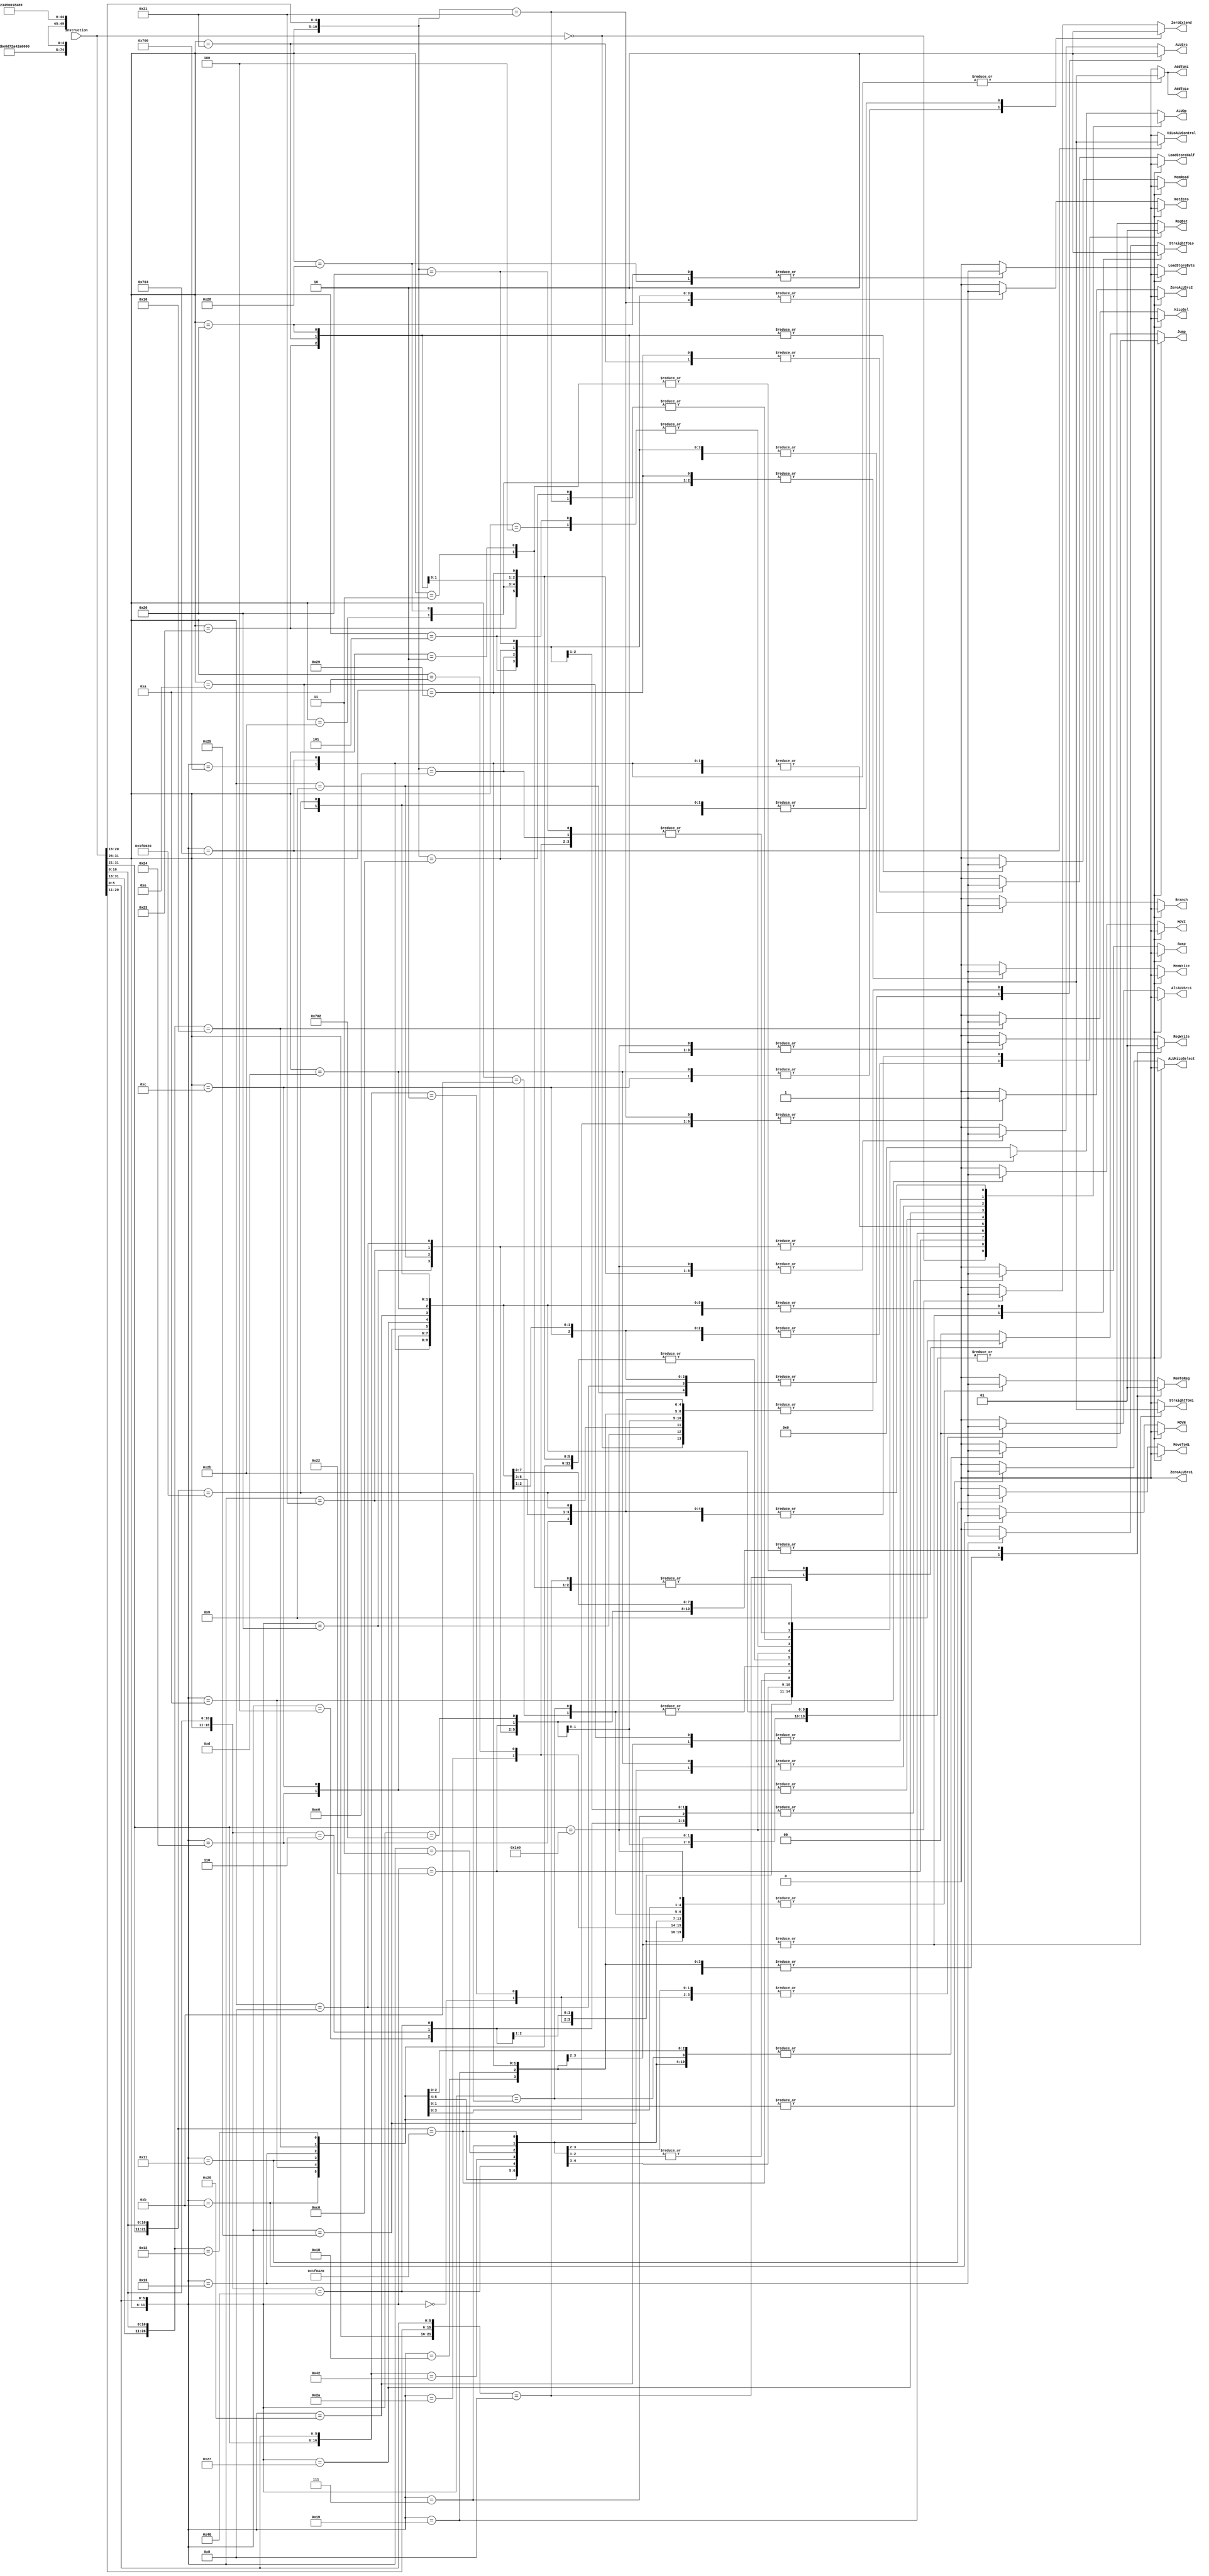
`timescale 1ns / 1ps

////////////////////////////////////////////////////////////////////////////////
// Team Members:
// Overall percent effort of each team member:
// Brett Bushnell -- 50%
// Derek Mcmullen -- 50% 
//
////////////////////////////////////////////////////////////////////////////////

module Controller(Instruction, Branch, MemRead, MemWrite, RegWrite, MemToReg, RegDst, ALUOp, ALUSrc, HiLoALUControl, AddToHi, AddToLo, MoveToHi, HiLoSel, ZeroExtend, AltALUSrc1, ZeroALUSrc1, ZeroALUSrc2, Swap, ALUHiLoSelect, MOVN, MOVZ, StraightToHi, StraightToLo, LoadStoreByte, LoadStoreHalf, NotZero, Jump);
    
    /* Control Signals*/
    output reg Branch; 
    output reg MemRead; 
    output reg MemWrite; 
    output reg RegWrite; 
    output reg MemToReg; 
    output reg RegDst; 
    output reg [4:0] ALUOp; 
    output reg ALUSrc;
    output reg HiLoALUControl, AddToHi, AddToLo, MoveToHi, HiLoSel;
    output reg ZeroExtend; 
    output reg AltALUSrc1;
    output reg ZeroALUSrc1;
    output reg ZeroALUSrc2;
    output reg Swap; 
    output reg ALUHiLoSelect; 
    output reg MOVN;
    output reg MOVZ;
    output reg StraightToHi; 
    output reg StraightToLo;
    output reg LoadStoreByte;
    output reg LoadStoreHalf;
    output reg NotZero;
    output reg [1:0] Jump; 

    
    input [31:0] Instruction; 
    
    initial begin
        RegWrite        <= 1'b0;
        ALUSrc          <= 1'b0;
        ALUOp           <= 5'bxxxxx;        
        RegDst          <= 1'b0; 
        Branch          <= 1'b0; 
        MemWrite        <= 1'b0; 
        MemRead         <= 1'b0; 
        ZeroExtend      <= 1'b0; 
        MemToReg        <= 1'b0;
        AltALUSrc1      <= 1'b0; 
        ZeroALUSrc1     <= 1'b0; 
        Swap            <= 1'b0; 
        ALUHiLoSelect   <= 1'b0; 
        HiLoALUControl  <= 1'b0; 
        AddToHi         <= 1'b0; 
        AddToLo         <= 1'b0; 
        MoveToHi        <= 1'b0; 
        StraightToHi    <= 1'b0; 
        StraightToLo    <= 1'b0;
        HiLoSel         <= 1'b0;
        MOVN            <= 1'b0;
        MOVZ            <= 1'b0;
        LoadStoreByte   <= 1'b0;
        LoadStoreHalf   <= 1'b0; 
        NotZero         <= 1'b0;
        Jump            <= 2'b00;
    end


    // Decode the Instruction
    always @(Instruction) begin
    
    casex (Instruction)
     32'b00000000000000000000000000000000:    begin   // NOP Command
        RegWrite        <= 1'b0;
        ALUSrc          <= 1'b0;
        ALUOp           <= 5'bXXXXX;        
        RegDst          <= 1'b0; 
        Branch          <= 1'b0; 
        MemWrite        <= 1'b0; 
        MemRead         <= 1'b0; 
        ZeroExtend      <= 1'b0; 
        MemToReg        <= 1'b0;
        AltALUSrc1      <= 1'b0; 
        ZeroALUSrc1     <= 1'b0; 
        ZeroALUSrc2     <= 1'b0;
        Swap            <= 1'b0; 
        ALUHiLoSelect   <= 1'b0; 
        HiLoALUControl  <= 1'b0; 
        AddToHi         <= 1'b0; 
        AddToLo         <= 1'b0; 
        MoveToHi        <= 1'b0; 
        StraightToHi    <= 1'b0; 
        StraightToLo    <= 1'b0;
        HiLoSel         <= 1'b0; 
        MOVN            <= 1'b0;
        MOVZ            <= 1'b0;
        LoadStoreByte   <= 1'b0;
        LoadStoreHalf   <= 1'b0;      
        NotZero         <= 1'b0;
        Jump            <= 2'b00;
      end
    
    /* ARITHMETIC OPS */
     32'b000000xxxxxxxxxxxxxxxxxxxx100000:    begin    // ADD Command
        RegWrite        <= 1'b1; 
        ALUSrc          <= 1'b0;
        ALUOp           <= 5'b00010;
        RegDst          <= 1'b1; 
        Branch          <= 1'b0; 
        MemWrite        <= 1'b0; 
        MemRead         <= 1'b0; 
        ZeroExtend      <= 1'b0; 
        MemToReg        <= 1'b1;
        AltALUSrc1      <= 1'b0; 
        ZeroALUSrc1     <= 1'b0;
        ZeroALUSrc2     <= 1'b0; 
        Swap            <= 1'b0; 
        ALUHiLoSelect   <= 1'b0; 
        HiLoALUControl  <= 1'b0; 
        AddToHi         <= 1'b0; 
        AddToLo         <= 1'b0; 
        MoveToHi        <= 1'b0; 
        StraightToHi    <= 1'b0; 
        StraightToLo    <= 1'b0;
        HiLoSel         <= 1'b0; 
        MOVN            <= 1'b0;
        MOVZ            <= 1'b0;
        LoadStoreByte   <= 1'b0;
        LoadStoreHalf   <= 1'b0;      
        NotZero         <= 1'b0;
        Jump            <= 2'b00;
      end
     32'b001001xxxxxxxxxxxxxxxxxxxxxxxxxx:    begin   // ADDIU Command
        RegWrite        <= 1'b1; 
        ALUSrc          <= 1'b1;
        ALUOp           <= 5'b00010;
        RegDst          <= 1'b0; 
        Branch          <= 1'b0; 
        MemWrite        <= 1'b0; 
        MemRead         <= 1'b0; 
        ZeroExtend      <= 1'b0; 
        MemToReg        <= 1'b1;
        AltALUSrc1      <= 1'b0; 
        ZeroALUSrc1     <= 1'b0;
        ZeroALUSrc2     <= 1'b0; 
        Swap            <= 1'b0; 
        ALUHiLoSelect   <= 1'b0; 
        HiLoALUControl  <= 1'b0; 
        AddToHi         <= 1'b0; 
        AddToLo         <= 1'b0; 
        MoveToHi        <= 1'b0; 
        StraightToHi    <= 1'b0; 
        StraightToLo    <= 1'b0;
        HiLoSel         <= 1'b0; 
        MOVN            <= 1'b0;
        MOVZ            <= 1'b0;
        LoadStoreByte   <= 1'b0;
        LoadStoreHalf   <= 1'b0;      
        NotZero         <= 1'b0;
        Jump            <= 2'b00;
      end
     32'b000000xxxxxxxxxxxxxxxxxxxx100001:    begin   // ADDU Command
        RegWrite        <= 1'b1; 
        ALUSrc          <= 1'b0;
        ALUOp           <= 5'b00010;
        RegDst          <= 1'b1; 
        Branch          <= 1'b0; 
        MemWrite        <= 1'b0; 
        MemRead         <= 1'b0; 
        ZeroExtend      <= 1'b0; 
        MemToReg        <= 1'b1;
        AltALUSrc1      <= 1'b0; 
        ZeroALUSrc1     <= 1'b0;
        ZeroALUSrc2     <= 1'b0; 
        Swap            <= 1'b0; 
        ALUHiLoSelect   <= 1'b0; 
        HiLoALUControl  <= 1'b0; 
        AddToHi         <= 1'b0; 
        AddToLo         <= 1'b0; 
        MoveToHi        <= 1'b0; 
        StraightToHi    <= 1'b0; 
        StraightToLo    <= 1'b0;
        HiLoSel         <= 1'b0; 
        MOVN            <= 1'b0;
        MOVZ            <= 1'b0;
        LoadStoreByte   <= 1'b0;
        LoadStoreHalf   <= 1'b0;      
        NotZero         <= 1'b0;
        Jump            <= 2'b00;
      end
     32'b001000xxxxxxxxxxxxxxxxxxxxxxxxxx:    begin   // ADDI Command
        RegWrite        <= 1'b1; 
        ALUSrc          <= 1'b1;
        ALUOp           <= 5'b00010;
        RegDst          <= 1'b0; 
        Branch          <= 1'b0; 
        MemWrite        <= 1'b0; 
        MemRead         <= 1'b0; 
        ZeroExtend      <= 1'b0; 
        MemToReg        <= 1'b1;
        AltALUSrc1      <= 1'b0; 
        ZeroALUSrc1     <= 1'b0;
        ZeroALUSrc2     <= 1'b0; 
        Swap            <= 1'b0; 
        ALUHiLoSelect   <= 1'b0; 
        HiLoALUControl  <= 1'b0; 
        AddToHi         <= 1'b0; 
        AddToLo         <= 1'b0; 
        MoveToHi        <= 1'b0; 
        StraightToHi    <= 1'b0; 
        StraightToLo    <= 1'b0;
        HiLoSel         <= 1'b0; 
        MOVN            <= 1'b0;
        MOVZ            <= 1'b0;
        LoadStoreByte   <= 1'b0;
        LoadStoreHalf   <= 1'b0;      
        NotZero         <= 1'b0;
        Jump            <= 2'b00;
      end
     32'b000000xxxxxxxxxxxxxxxxxxxx100010:    begin   // SUB Command
        RegWrite        <= 1'b1; 
        ALUSrc          <= 1'b0;
        ALUOp           <= 5'b00110;
        RegDst          <= 1'b1; 
        Branch          <= 1'b0; 
        MemWrite        <= 1'b0; 
        MemRead         <= 1'b0; 
        ZeroExtend      <= 1'b0; 
        MemToReg        <= 1'b1;
        AltALUSrc1      <= 1'b0; 
        ZeroALUSrc1     <= 1'b0;
        ZeroALUSrc2     <= 1'b0; 
        Swap            <= 1'b0;
        ALUHiLoSelect   <= 1'b0; 
        HiLoALUControl  <= 1'b0; 
        AddToHi         <= 1'b0; 
        AddToLo         <= 1'b0; 
        MoveToHi        <= 1'b0; 
        StraightToHi    <= 1'b0; 
        StraightToLo    <= 1'b0;
        HiLoSel         <= 1'b0; 
        MOVN            <= 1'b0;
        MOVZ            <= 1'b0;
        LoadStoreByte   <= 1'b0;
        LoadStoreHalf   <= 1'b0;      
        NotZero         <= 1'b0;
        Jump            <= 2'b00;
      end
     32'b011100xxxxxxxxxxxxxxxxxxxx000010:    begin   // MUL Command
        RegWrite        <= 1'b1;
        ALUSrc          <= 1'b0;
        ALUOp           <= 5'b01000;
        RegDst          <= 1'b1; 
        Branch          <= 1'b0; 
        MemWrite        <= 1'b0; 
        MemRead         <= 1'b0; 
        ZeroExtend      <= 1'b0; 
        MemToReg        <= 1'b1;
        AltALUSrc1      <= 1'b0; 
        ZeroALUSrc1     <= 1'b0;
        ZeroALUSrc2     <= 1'b0; 
        Swap            <= 1'b0; 
        ALUHiLoSelect   <= 1'b0; 
        HiLoALUControl  <= 1'b0; 
        AddToHi         <= 1'b0; 
        AddToLo         <= 1'b0; 
        MoveToHi        <= 1'b0; 
        StraightToHi    <= 1'b0; 
        StraightToLo    <= 1'b0;
        HiLoSel         <= 1'b0; 
        MOVN            <= 1'b0;
        MOVZ            <= 1'b0;
        LoadStoreByte   <= 1'b0;
        LoadStoreHalf   <= 1'b0;      
        NotZero         <= 1'b0;
        Jump            <= 2'b00;
      end
     32'b000000xxxxxxxxxxxxxxxxxxxx011000:    begin   // MULT Command
        RegWrite        <= 1'b0;
        ALUSrc          <= 1'b0;
        ALUOp           <= 5'b01000;
        RegDst          <= 1'b0; 
        Branch          <= 1'b0; 
        MemWrite        <= 1'b0; 
        MemRead         <= 1'b0; 
        ZeroExtend      <= 1'b0; 
        MemToReg        <= 1'b0;
        AltALUSrc1      <= 1'b0; 
        ZeroALUSrc1     <= 1'b0; 
        ZeroALUSrc2     <= 1'b0;
        Swap            <= 1'b0; 
        ALUHiLoSelect   <= 1'b0; 
        HiLoALUControl  <= 1'b0; 
        AddToHi         <= 1'b0; 
        AddToLo         <= 1'b0; 
        MoveToHi        <= 1'b0; 
        StraightToHi    <= 1'b1; 
        StraightToLo    <= 1'b1;
        HiLoSel         <= 1'b0; 
        MOVN            <= 1'b0;
        MOVZ            <= 1'b0;
        LoadStoreByte   <= 1'b0;
        LoadStoreHalf   <= 1'b0;      
        NotZero         <= 1'b0;
        Jump            <= 2'b00;
      end
     32'b000000xxxxxxxxxxxxxxxxxxxx011001:    begin   // MULTU Command
        RegWrite        <= 1'b0;
        ALUSrc          <= 1'b0;
        ALUOp           <= 5'b10001;
        RegDst          <= 1'b0; 
        Branch          <= 1'b0; 
        MemWrite        <= 1'b0; 
        MemRead         <= 1'b0; 
        ZeroExtend      <= 1'b0; 
        MemToReg        <= 1'b0;
        AltALUSrc1      <= 1'b0; 
        ZeroALUSrc1     <= 1'b0; 
        ZeroALUSrc2     <= 1'b0;
        Swap            <= 1'b0; 
        ALUHiLoSelect   <= 1'b0; 
        HiLoALUControl  <= 1'b0; 
        AddToHi         <= 1'b0; 
        AddToLo         <= 1'b0; 
        MoveToHi        <= 1'b0; 
        StraightToHi    <= 1'b1; 
        StraightToLo    <= 1'b1;
        HiLoSel         <= 1'b0; 
        MOVN            <= 1'b0;
        MOVZ            <= 1'b0;
        LoadStoreByte   <= 1'b0;
        LoadStoreHalf   <= 1'b0;      
        NotZero         <= 1'b0;
        Jump            <= 2'b00;
      end
     32'b011100xxxxxxxxxxxxxxxxxxxx000000:    begin   // MADD Command
        RegWrite        <= 1'b0;
        ALUSrc          <= 1'b0;
        ALUOp           <= 5'b01000;
        RegDst          <= 1'b0; 
        Branch          <= 1'b0; 
        MemWrite        <= 1'b0; 
        MemRead         <= 1'b0; 
        ZeroExtend      <= 1'b0; 
        MemToReg        <= 1'b0;
        AltALUSrc1      <= 1'b0; 
        ZeroALUSrc1     <= 1'b0; 
        ZeroALUSrc2     <= 1'b0;
        Swap            <= 1'b0; 
        ALUHiLoSelect   <= 1'b0; 
        HiLoALUControl  <= 1'b0; 
        AddToHi         <= 1'b1; 
        AddToLo         <= 1'b1; 
        MoveToHi        <= 1'b0; 
        StraightToHi    <= 1'b0; 
        StraightToLo    <= 1'b0;
        HiLoSel         <= 1'b0;
        MOVN            <= 1'b0;
        MOVZ            <= 1'b0;
        LoadStoreByte   <= 1'b0;
        LoadStoreHalf   <= 1'b0;      
        NotZero         <= 1'b0;
        Jump            <= 2'b00;
      end
     32'b011100xxxxxxxxxxxxxxxxxxxx000100:    begin   // MSUB Command
        RegWrite        <= 1'b0;
        ALUSrc          <= 1'b0;
        ALUOp           <= 5'b01000;
        RegDst          <= 1'b0; 
        Branch          <= 1'b0; 
        MemWrite        <= 1'b0; 
        MemRead         <= 1'b0; 
        ZeroExtend      <= 1'b0; 
        MemToReg        <= 1'b0;
        AltALUSrc1      <= 1'b0; 
        ZeroALUSrc1     <= 1'b0;
        ZeroALUSrc2     <= 1'b0;
        Swap            <= 1'b0; 
        ALUHiLoSelect   <= 1'b0; 
        HiLoALUControl  <= 1'b1; 
        AddToHi         <= 1'b1; 
        AddToLo         <= 1'b1; 
        MoveToHi        <= 1'b0; 
        StraightToHi    <= 1'b0; 
        StraightToLo    <= 1'b0;
        HiLoSel         <= 1'b0;
        MOVN            <= 1'b0;
        MOVZ            <= 1'b0;
        LoadStoreByte   <= 1'b0;
        LoadStoreHalf   <= 1'b0;      
        NotZero         <= 1'b0;
        Jump            <= 2'b00;
      end   
      
    /* LOGICAL OPS*/
    32'b000000xxxxxxxxxxxxxxxxxxxx100100:    begin   // AND Command
        RegWrite        <= 1'b1;
        ALUSrc          <= 1'b0;
        ALUOp           <= 5'b00000;
        RegDst          <= 1'b1; 
        Branch          <= 1'b0; 
        MemWrite        <= 1'b0; 
        MemRead         <= 1'b0; 
        ZeroExtend      <= 1'b0; 
        MemToReg        <= 1'b1;
        AltALUSrc1      <= 1'b0; 
        ZeroALUSrc1     <= 1'b0; 
        ZeroALUSrc2     <= 1'b0;
        Swap            <= 1'b0; 
        ALUHiLoSelect   <= 1'b0; 
        HiLoALUControl  <= 1'b0; 
        AddToHi         <= 1'b0; 
        AddToLo         <= 1'b0; 
        MoveToHi        <= 1'b0; 
        StraightToHi    <= 1'b0; 
        StraightToLo    <= 1'b0;
        HiLoSel         <= 1'b0; 
        MOVN            <= 1'b0;
        MOVZ            <= 1'b0;
        LoadStoreByte   <= 1'b0;
        LoadStoreHalf   <= 1'b0;      
        NotZero         <= 1'b0;
        Jump            <= 2'b00;
      end
    32'b001100xxxxxxxxxxxxxxxxxxxxxxxxxx:    begin   // ANDI Command
        RegWrite        <= 1'b1;
        ALUSrc          <= 1'b1;
        ALUOp           <= 5'b00000;
        RegDst          <= 1'b0; 
        Branch          <= 1'b0; 
        MemWrite        <= 1'b0; 
        MemRead         <= 1'b0; 
        ZeroExtend      <= 1'b1; 
        MemToReg        <= 1'b1;
        AltALUSrc1      <= 1'b0; 
        ZeroALUSrc1     <= 1'b0; 
        ZeroALUSrc2     <= 1'b0;
        Swap            <= 1'b0; 
        ALUHiLoSelect   <= 1'b0; 
        HiLoALUControl  <= 1'b0; 
        AddToHi         <= 1'b0; 
        AddToLo         <= 1'b0; 
        MoveToHi        <= 1'b0; 
        StraightToHi    <= 1'b0; 
        StraightToLo    <= 1'b0;
        HiLoSel         <= 1'b0; 
        MOVN            <= 1'b0;
        MOVZ            <= 1'b0;
        LoadStoreByte   <= 1'b0;
        LoadStoreHalf   <= 1'b0;      
        NotZero         <= 1'b0;
        Jump            <= 2'b00;
      end   
    32'b000000xxxxxxxxxxxxxxxxxxxx100101:    begin   // OR Command
        RegWrite        <= 1'b1;
        ALUSrc          <= 1'b0;
        ALUOp           <= 5'b00001;
        RegDst          <= 1'b1; 
        Branch          <= 1'b0; 
        MemWrite        <= 1'b0; 
        MemRead         <= 1'b0; 
        ZeroExtend      <= 1'b0; 
        MemToReg        <= 1'b1;
        AltALUSrc1      <= 1'b0; 
        ZeroALUSrc1     <= 1'b0; 
        ZeroALUSrc2     <= 1'b0;
        Swap            <= 1'b0; 
        ALUHiLoSelect   <= 1'b0; 
        HiLoALUControl  <= 1'b0; 
        AddToHi         <= 1'b0; 
        AddToLo         <= 1'b0; 
        MoveToHi        <= 1'b0; 
        StraightToHi    <= 1'b0; 
        StraightToLo    <= 1'b0;
        HiLoSel         <= 1'b0; 
        MOVN            <= 1'b0;
        MOVZ            <= 1'b0;
        LoadStoreByte   <= 1'b0;
        LoadStoreHalf   <= 1'b0;      
        NotZero         <= 1'b0;
        Jump            <= 2'b00;
      end
     32'b000000xxxxxxxxxxxxxxxxxxxx100111:    begin   // NOR Command
        RegWrite        <= 1'b1;
        ALUSrc          <= 1'b0;
        ALUOp           <= 5'b00011;
        RegDst          <= 1'b1; 
        Branch          <= 1'b0; 
        MemWrite        <= 1'b0; 
        MemRead         <= 1'b0; 
        ZeroExtend      <= 1'b0; 
        MemToReg        <= 1'b1;
        AltALUSrc1      <= 1'b0; 
        ZeroALUSrc1     <= 1'b0; 
        ZeroALUSrc2     <= 1'b0;
        Swap            <= 1'b0; 
        ALUHiLoSelect   <= 1'b0;  
        HiLoALUControl  <= 1'b0; 
        AddToHi         <= 1'b0; 
        AddToLo         <= 1'b0; 
        MoveToHi        <= 1'b0; 
        StraightToHi    <= 1'b0; 
        StraightToLo    <= 1'b0;
        HiLoSel         <= 1'b0; 
        MOVN            <= 1'b0;
        MOVZ            <= 1'b0;
        LoadStoreByte   <= 1'b0;
        LoadStoreHalf   <= 1'b0;      
        NotZero         <= 1'b0;
        Jump            <= 2'b00;
      end   
    32'b000000xxxxxxxxxxxxxxxxxxxx100110:    begin   // XOR Command
        RegWrite        <= 1'b1;
        ALUSrc          <= 1'b0;
        ALUOp           <= 5'b00100;
        RegDst          <= 1'b1; 
        Branch          <= 1'b0; 
        MemWrite        <= 1'b0; 
        MemRead         <= 1'b0; 
        ZeroExtend      <= 1'b0; 
        MemToReg        <= 1'b1;
        AltALUSrc1      <= 1'b0; 
        ZeroALUSrc1     <= 1'b0; 
        ZeroALUSrc2     <= 1'b0;
        Swap            <= 1'b0; 
        ALUHiLoSelect   <= 1'b0; 
        HiLoALUControl  <= 1'b0; 
        AddToHi         <= 1'b0; 
        AddToLo         <= 1'b0; 
        MoveToHi        <= 1'b0; 
        StraightToHi    <= 1'b0; 
        StraightToLo    <= 1'b0;
        HiLoSel         <= 1'b0; 
        MOVN            <= 1'b0;
        MOVZ            <= 1'b0;
        LoadStoreByte   <= 1'b0;
        LoadStoreHalf   <= 1'b0;      
        NotZero         <= 1'b0;
        Jump            <= 2'b00;
      end
    32'b001101xxxxxxxxxxxxxxxxxxxxxxxxxx:    begin   // ORI Command
        RegWrite        <= 1'b1;
        ALUSrc          <= 1'b1;
        ALUOp           <= 5'b00001;
        RegDst          <= 1'b0; 
        Branch          <= 1'b0; 
        MemWrite        <= 1'b0; 
        MemRead         <= 1'b0; 
        ZeroExtend      <= 1'b1; 
        MemToReg        <= 1'b1;
        AltALUSrc1      <= 1'b0; 
        ZeroALUSrc1     <= 1'b0; 
        ZeroALUSrc2     <= 1'b0;
        Swap            <= 1'b0; 
        ALUHiLoSelect   <= 1'b0;
        HiLoALUControl  <= 1'b0; 
        AddToHi         <= 1'b0; 
        AddToLo         <= 1'b0; 
        MoveToHi        <= 1'b0; 
        StraightToHi    <= 1'b0; 
        StraightToLo    <= 1'b0;
        HiLoSel         <= 1'b0; 
        MOVN            <= 1'b0;
        MOVZ            <= 1'b0;
        LoadStoreByte   <= 1'b0;
        LoadStoreHalf   <= 1'b0;      
        NotZero         <= 1'b0;
        Jump            <= 2'b00;
      end        
    32'b001110xxxxxxxxxxxxxxxxxxxxxxxxxx:    begin   // XORI Command
        RegWrite        <= 1'b1;
        ALUSrc          <= 1'b1;
        ALUOp           <= 5'b00100;       //need XOR
        RegDst          <= 1'b0; 
        Branch          <= 1'b0; 
        MemWrite        <= 1'b0; 
        MemRead         <= 1'b0; 
        ZeroExtend      <= 1'b0; 
        MemToReg        <= 1'b1;
        AltALUSrc1      <= 1'b0; 
        ZeroALUSrc1     <= 1'b0; 
        ZeroALUSrc2     <= 1'b0;
        Swap            <= 1'b0; 
        ALUHiLoSelect   <= 1'b0; 
        HiLoALUControl  <= 1'b0; 
        AddToHi         <= 1'b0; 
        AddToLo         <= 1'b0; 
        MoveToHi        <= 1'b0; 
        StraightToHi    <= 1'b0; 
        StraightToLo    <= 1'b0;
        HiLoSel         <= 1'b0;
        MOVN            <= 1'b0;
        MOVZ            <= 1'b0;
        LoadStoreByte   <= 1'b0;
        LoadStoreHalf   <= 1'b0;      
        NotZero         <= 1'b0;
        Jump            <= 2'b00;
      end
    32'b01111100000xxxxxxxxxx11000100000:    begin   // SEH Command
        RegWrite        <= 1'b1;
        ALUSrc          <= 1'b0;
        ALUOp           <= 5'b01001;       //need SEH
        RegDst          <= 1'b1; 
        Branch          <= 1'b0; 
        MemWrite        <= 1'b0; 
        MemRead         <= 1'b0; 
        ZeroExtend      <= 1'b0; 
        MemToReg        <= 1'b1;
        AltALUSrc1      <= 1'b0; 
        ZeroALUSrc1     <= 1'b0; 
        ZeroALUSrc2     <= 1'b0;
        Swap            <= 1'b0; 
        ALUHiLoSelect   <= 1'b0; 
        HiLoALUControl  <= 1'b0; 
        AddToHi         <= 1'b0; 
        AddToLo         <= 1'b0; 
        MoveToHi        <= 1'b0; 
        StraightToHi    <= 1'b0; 
        StraightToLo    <= 1'b0;
        HiLoSel         <= 1'b0; 
        MOVN            <= 1'b0;
        MOVZ            <= 1'b0;
        LoadStoreByte   <= 1'b0;
        LoadStoreHalf   <= 1'b0;      
        NotZero         <= 1'b0;
        Jump            <= 2'b00;
      end   
    32'b000000xxxxxxxxxxxxxxxxxxxx000000:    begin   // SLL Command
        RegWrite        <= 1'b1;
        ALUSrc          <= 1'b1;
        ALUOp           <= 5'b01011;      //need SLL
        RegDst          <= 1'b1; 
        Branch          <= 1'b0; 
        MemWrite        <= 1'b0; 
        MemRead         <= 1'b0; 
        ZeroExtend      <= 1'b0; 
        MemToReg        <= 1'b1;
        AltALUSrc1      <= 1'b1; 
        ZeroALUSrc1     <= 1'b0;
        ZeroALUSrc2     <= 1'b0;
        Swap            <= 1'b0; 
        ALUHiLoSelect   <= 1'b0; 
        HiLoALUControl  <= 1'b0; 
        AddToHi         <= 1'b0; 
        AddToLo         <= 1'b0; 
        MoveToHi        <= 1'b0; 
        StraightToHi    <= 1'b0; 
        StraightToLo    <= 1'b0;
        HiLoSel         <= 1'b0; 
        MOVN            <= 1'b0;
        MOVZ            <= 1'b0;
        LoadStoreByte   <= 1'b0;
        LoadStoreHalf   <= 1'b0;      
        NotZero         <= 1'b0;
        Jump            <= 2'b00;
      end
    32'b00000000000xxxxxxxxxxxxxxx000010:    begin   // SRL Command
        RegWrite        <= 1'b1;
        ALUSrc          <= 1'b1;
        ALUOp           <= 5'b01100;      //need SRL
        RegDst          <= 1'b1; 
        Branch          <= 1'b0; 
        MemWrite        <= 1'b0; 
        MemRead         <= 1'b0; 
        ZeroExtend      <= 1'b0; 
        MemToReg        <= 1'b1;
        AltALUSrc1      <= 1'b1; 
        ZeroALUSrc1     <= 1'b0; 
        ZeroALUSrc2     <= 1'b0;
        Swap            <= 1'b0; 
        ALUHiLoSelect   <= 1'b0; 
        HiLoALUControl  <= 1'b0; 
        AddToHi         <= 1'b0; 
        AddToLo         <= 1'b0; 
        MoveToHi        <= 1'b0; 
        StraightToHi    <= 1'b0; 
        StraightToLo    <= 1'b0;
        HiLoSel         <= 1'b0; 
        MOVN            <= 1'b0;
        MOVZ            <= 1'b0;
        LoadStoreByte   <= 1'b0;
        LoadStoreHalf   <= 1'b0;      
        NotZero         <= 1'b0;
        Jump            <= 2'b00;
      end  
    32'b000000xxxxxxxxxxxxxxxxxxxx000100:    begin   // SLLV Command
        RegWrite        <= 1'b1;
        ALUSrc          <= 1'b0;
        ALUOp           <= 5'b00101;     //need SLLV
        RegDst          <= 1'b1; 
        Branch          <= 1'b0; 
        MemWrite        <= 1'b0; 
        MemRead         <= 1'b0; 
        ZeroExtend      <= 1'b0; 
        MemToReg        <= 1'b1;
        AltALUSrc1      <= 1'b0; 
        ZeroALUSrc1     <= 1'b0; 
        ZeroALUSrc2     <= 1'b0;
        Swap            <= 1'b1; 
        ALUHiLoSelect   <= 1'b0; 
        HiLoALUControl  <= 1'b0; 
        AddToHi         <= 1'b0; 
        AddToLo         <= 1'b0; 
        MoveToHi        <= 1'b0; 
        StraightToHi    <= 1'b0; 
        StraightToLo    <= 1'b0;
        HiLoSel         <= 1'b0; 
        MOVN            <= 1'b0;
        MOVZ            <= 1'b0;
        LoadStoreByte   <= 1'b0;
        LoadStoreHalf   <= 1'b0;      
        NotZero         <= 1'b0;
        Jump            <= 2'b00;
      end
    32'b000000xxxxxxxxxxxxxxx00000000110:    begin   // SRLV Command
        RegWrite        <= 1'b1;
        ALUSrc          <= 1'b0;
        ALUOp           <= 5'b01111;     //need SRL
        RegDst          <= 1'b1; 
        Branch          <= 1'b0; 
        MemWrite        <= 1'b0; 
        MemRead         <= 1'b0; 
        ZeroExtend      <= 1'b0; 
        MemToReg        <= 1'b1;
        AltALUSrc1      <= 1'b0; 
        ZeroALUSrc1     <= 1'b0; 
        ZeroALUSrc2     <= 1'b0;
        Swap            <= 1'b1; 
        ALUHiLoSelect   <= 1'b0; 
        HiLoALUControl  <= 1'b0; 
        AddToHi         <= 1'b0; 
        AddToLo         <= 1'b0; 
        MoveToHi        <= 1'b0; 
        StraightToHi    <= 1'b0; 
        StraightToLo    <= 1'b0;
        HiLoSel         <= 1'b0; 
        MOVN            <= 1'b0;
        MOVZ            <= 1'b0;
        LoadStoreByte   <= 1'b0;
        LoadStoreHalf   <= 1'b0;      
        NotZero         <= 1'b0;
        Jump            <= 2'b00;
      end     
    32'b000000xxxxxxxxxxxxxxxxxxxx101010:    begin   // SLT Command
        RegWrite        <= 1'b1;
        ALUSrc          <= 1'b0;
        ALUOp           <= 5'b00111;    
        RegDst          <= 1'b1; 
        Branch          <= 1'b0; 
        MemWrite        <= 1'b0; 
        MemRead         <= 1'b0; 
        ZeroExtend      <= 1'b0; 
        MemToReg        <= 1'b1;
        AltALUSrc1      <= 1'b0; 
        ZeroALUSrc1     <= 1'b0; 
        ZeroALUSrc2     <= 1'b0;
        Swap            <= 1'b0; 
        ALUHiLoSelect   <= 1'b0; 
        HiLoALUControl  <= 1'b0; 
        AddToHi         <= 1'b0; 
        AddToLo         <= 1'b0; 
        MoveToHi        <= 1'b0; 
        StraightToHi    <= 1'b0; 
        StraightToLo    <= 1'b0;
        HiLoSel         <= 1'b0; 
        MOVN            <= 1'b0;
        MOVZ            <= 1'b0;
        LoadStoreByte   <= 1'b0;
        LoadStoreHalf   <= 1'b0;      
        NotZero         <= 1'b0;
        Jump            <= 2'b00;
      end
    32'b001010xxxxxxxxxxxxxxxxxxxxxxxxxx:    begin   // SLTI Command
        RegWrite        <= 1'b1;
        ALUSrc          <= 1'b1;
        ALUOp           <= 5'b00111;     
        RegDst          <= 1'b0; 
        Branch          <= 1'b0; 
        MemWrite        <= 1'b0; 
        MemRead         <= 1'b0; 
        ZeroExtend      <= 1'b0; 
        MemToReg        <= 1'b1;
        AltALUSrc1      <= 1'b0; 
        ZeroALUSrc1     <= 1'b0; 
        ZeroALUSrc2     <= 1'b0;
        Swap            <= 1'b0; 
        ALUHiLoSelect   <= 1'b0; 
        HiLoALUControl  <= 1'b0; 
        AddToHi         <= 1'b0; 
        AddToLo         <= 1'b0; 
        MoveToHi        <= 1'b0; 
        StraightToHi    <= 1'b0; 
        StraightToLo    <= 1'b0;
        HiLoSel         <= 1'b0; 
        MOVN            <= 1'b0;
        MOVZ            <= 1'b0;
        LoadStoreByte   <= 1'b0;
        LoadStoreHalf   <= 1'b0;      
        NotZero         <= 1'b0;
        Jump            <= 2'b00;
      end
    32'b000000xxxxxxxxxxxxxxxxxxxx001011:    begin   // MOVN Command
        RegWrite        <= 1'b0;
        ALUSrc          <= 1'b0;
        ALUOp           <= 5'b00010;     // need ADD
        RegDst          <= 1'b1; 
        Branch          <= 1'b0; 
        MemWrite        <= 1'b0; 
        MemRead         <= 1'b0; 
        ZeroExtend      <= 1'b0; 
        MemToReg        <= 1'b1;
        AltALUSrc1      <= 1'b0; 
        ZeroALUSrc1     <= 1'b0; 
        ZeroALUSrc2     <= 1'b1;
        Swap            <= 1'b0; 
        ALUHiLoSelect   <= 1'b0; 
        HiLoALUControl  <= 1'b0; 
        AddToHi         <= 1'b0; 
        AddToLo         <= 1'b0; 
        MoveToHi        <= 1'b0; 
        StraightToHi    <= 1'b0; 
        StraightToLo    <= 1'b0;
        HiLoSel         <= 1'b0; 
        MOVN            <= 1'b1;
        MOVZ            <= 1'b0;
        LoadStoreByte   <= 1'b0;
        LoadStoreHalf   <= 1'b0;      
        NotZero         <= 1'b0;
        Jump            <= 2'b00;
      end
    32'b000000xxxxxxxxxxxxxxxxxxxx001010:    begin   // MOVZ Command
        RegWrite        <= 1'b0;
        ALUSrc          <= 1'b0;
        ALUOp           <= 5'b00010;     // need ADD
        RegDst          <= 1'b1; 
        Branch          <= 1'b0; 
        MemWrite        <= 1'b0; 
        MemRead         <= 1'b0; 
        ZeroExtend      <= 1'b0; 
        MemToReg        <= 1'b1;
        AltALUSrc1      <= 1'b0; 
        ZeroALUSrc1     <= 1'b0; 
        ZeroALUSrc2     <= 1'b1;
        Swap            <= 1'b0; 
        ALUHiLoSelect   <= 1'b0; 
        HiLoALUControl  <= 1'b0; 
        AddToHi         <= 1'b0; 
        AddToLo         <= 1'b0; 
        MoveToHi        <= 1'b0; 
        StraightToHi    <= 1'b0; 
        StraightToLo    <= 1'b0;
        HiLoSel         <= 1'b0; 
        MOVN            <= 1'b0;
        MOVZ            <= 1'b1;
        LoadStoreByte   <= 1'b0;
        LoadStoreHalf   <= 1'b0;      
        NotZero         <= 1'b0;
        Jump            <= 2'b00;
      end     
    32'b000000xxxxxxxxxxxxxxx00001000110:    begin   // ROTRV Command
        RegWrite        <= 1'b1;
        ALUSrc          <= 1'b0;
        ALUOp           <= 5'b10000;     //need ROTRV
        RegDst          <= 1'b1; 
        Branch          <= 1'b0; 
        MemWrite        <= 1'b0; 
        MemRead         <= 1'b0; 
        ZeroExtend      <= 1'b0; 
        MemToReg        <= 1'b1;
        AltALUSrc1      <= 1'b0; 
        ZeroALUSrc1     <= 1'b0; 
        ZeroALUSrc2     <= 1'b0;
        Swap            <= 1'b1; 
        ALUHiLoSelect   <= 1'b0; 
        HiLoALUControl  <= 1'b0; 
        AddToHi         <= 1'b0; 
        AddToLo         <= 1'b0; 
        MoveToHi        <= 1'b0; 
        StraightToHi    <= 1'b0; 
        StraightToLo    <= 1'b0; 
        HiLoSel         <= 1'b0; 
        MOVN            <= 1'b0;
        MOVZ            <= 1'b0;
        LoadStoreByte   <= 1'b0;
        LoadStoreHalf   <= 1'b0;      
        NotZero         <= 1'b0;
        Jump            <= 2'b00;
      end
    32'b00000000001xxxxxxxxxxxxxxx000010:    begin   // ROTR Command
        RegWrite        <= 1'b1;
        ALUSrc          <= 1'b1;
        ALUOp           <= 5'b01101;     //need ROTR
        RegDst          <= 1'b1; 
        Branch          <= 1'b0; 
        MemWrite        <= 1'b0; 
        MemRead         <= 1'b0; 
        ZeroExtend      <= 1'b0; 
        MemToReg        <= 1'b1;
        AltALUSrc1      <= 1'b1; 
        ZeroALUSrc1     <= 1'b0; 
        ZeroALUSrc2     <= 1'b0;
        Swap            <= 1'b0; 
        ALUHiLoSelect   <= 1'b0; 
        HiLoALUControl  <= 1'b0; 
        AddToHi         <= 1'b0; 
        AddToLo         <= 1'b0; 
        MoveToHi        <= 1'b0; 
        StraightToHi    <= 1'b0; 
        StraightToLo    <= 1'b0;
        HiLoSel         <= 1'b0; 
        MOVN            <= 1'b0;
        MOVZ            <= 1'b0;
        LoadStoreByte   <= 1'b0;
        LoadStoreHalf   <= 1'b0;      
        NotZero         <= 1'b0;
        Jump            <= 2'b00;
      end
    32'b000000xxxxxxxxxxxxxxxxxxxx000011:    begin   // SRA Command
        RegWrite        <= 1'b1;
        ALUSrc          <= 1'b0;
        ALUOp           <= 5'b01110;     //need SRA
        RegDst          <= 1'b1; 
        Branch          <= 1'b0; 
        MemWrite        <= 1'b0; 
        MemRead         <= 1'b0; 
        ZeroExtend      <= 1'b0; 
        MemToReg        <= 1'b1;
        AltALUSrc1      <= 1'b1; 
        ZeroALUSrc1     <= 1'b0; 
        ZeroALUSrc2     <= 1'b0;
        Swap            <= 1'b0; 
        ALUHiLoSelect   <= 1'b0; 
        HiLoALUControl  <= 1'b0; 
        AddToHi         <= 1'b0; 
        AddToLo         <= 1'b0; 
        MoveToHi        <= 1'b0; 
        StraightToHi    <= 1'b0; 
        StraightToLo    <= 1'b0;
        HiLoSel         <= 1'b0; 
        MOVN            <= 1'b0;
        MOVZ            <= 1'b0;
        LoadStoreByte   <= 1'b0;
        LoadStoreHalf   <= 1'b0;      
        NotZero         <= 1'b0;
        Jump            <= 2'b00;
      end
    32'b000000xxxxxxxxxxxxxxxxxxxx000111:    begin   // SRAV Command
        RegWrite        <= 1'b1;
        ALUSrc          <= 1'b0;
        ALUOp           <= 5'b01110;     //need SRA
        RegDst          <= 1'b1; 
        Branch          <= 1'b0; 
        MemWrite        <= 1'b0; 
        MemRead         <= 1'b0; 
        ZeroExtend      <= 1'b0; 
        MemToReg        <= 1'b1;
        AltALUSrc1      <= 1'b0; 
        ZeroALUSrc1     <= 1'b0; 
        ZeroALUSrc2     <= 1'b0;
        Swap            <= 1'b1; 
        ALUHiLoSelect   <= 1'b0; 
        HiLoALUControl  <= 1'b0; 
        AddToHi         <= 1'b0; 
        AddToLo         <= 1'b0; 
        MoveToHi        <= 1'b0; 
        StraightToHi    <= 1'b0; 
        StraightToLo    <= 1'b0;
        HiLoSel         <= 1'b0; 
        MOVN            <= 1'b0;
        MOVZ            <= 1'b0;
        LoadStoreByte   <= 1'b0;
        LoadStoreHalf   <= 1'b0;      
        NotZero         <= 1'b0;
        Jump            <= 2'b00;
      end    
    32'b01111100000xxxxxxxxxx10000100000:    begin   // SEB Command
        RegWrite        <= 1'b1;
        ALUSrc          <= 1'b0;
        ALUOp           <= 5'b01010;     //need SEB
        RegDst          <= 1'b1; 
        Branch          <= 1'b0; 
        MemWrite        <= 1'b0; 
        MemRead         <= 1'b0; 
        ZeroExtend      <= 1'b0; 
        MemToReg        <= 1'b1;
        AltALUSrc1      <= 1'b0; 
        ZeroALUSrc1     <= 1'b0; 
        ZeroALUSrc2     <= 1'b0;
        Swap            <= 1'b0; 
        ALUHiLoSelect   <= 1'b0; 
        HiLoALUControl  <= 1'b0; 
        AddToHi         <= 1'b0; 
        AddToLo         <= 1'b0; 
        MoveToHi        <= 1'b0; 
        StraightToHi    <= 1'b0; 
        StraightToLo    <= 1'b0;
        HiLoSel         <= 1'b0; 
        MOVN            <= 1'b0;
        MOVZ            <= 1'b0;
        LoadStoreByte   <= 1'b0;
        LoadStoreHalf   <= 1'b0;      
        NotZero         <= 1'b0;
        Jump            <= 2'b00;
      end
    32'b001011xxxxxxxxxxxxxxxxxxxxxxxxxx:    begin   // SLTIU Command
        RegWrite        <= 1'b1;
        ALUSrc          <= 1'b1;
        ALUOp           <= 5'b10010;     //SLTU   
        RegDst          <= 1'b0; 
        Branch          <= 1'b0; 
        MemWrite        <= 1'b0; 
        MemRead         <= 1'b0; 
        ZeroExtend      <= 1'b0; 
        MemToReg        <= 1'b1;
        AltALUSrc1      <= 1'b0; 
        ZeroALUSrc1     <= 1'b0; 
        ZeroALUSrc2     <= 1'b0;
        Swap            <= 1'b0; 
        ALUHiLoSelect   <= 1'b0; 
        HiLoALUControl  <= 1'b0; 
        AddToHi         <= 1'b0; 
        AddToLo         <= 1'b0; 
        MoveToHi        <= 1'b0; 
        StraightToHi    <= 1'b0; 
        StraightToLo    <= 1'b0;
        HiLoSel         <= 1'b0; 
        MOVN            <= 1'b0;
        MOVZ            <= 1'b0;
        LoadStoreByte   <= 1'b0;
        LoadStoreHalf   <= 1'b0;      
        NotZero         <= 1'b0;
        Jump            <= 2'b00;
      end      
    32'b000000xxxxxxxxxxxxxxxxxxxx101011:    begin   // SLTU Command
        RegWrite        <= 1'b1;
        ALUSrc          <= 1'b0;
        ALUOp           <= 5'b10010;        //SLTU 
        RegDst          <= 1'b1; 
        Branch          <= 1'b0; 
        MemWrite        <= 1'b0; 
        MemRead         <= 1'b0; 
        ZeroExtend      <= 1'b0; 
        MemToReg        <= 1'b1;
        AltALUSrc1      <= 1'b0; 
        ZeroALUSrc1     <= 1'b0; 
        ZeroALUSrc2     <= 1'b0;
        Swap            <= 1'b0; 
        ALUHiLoSelect   <= 1'b0; 
        HiLoALUControl  <= 1'b0; 
        AddToHi         <= 1'b0; 
        AddToLo         <= 1'b0; 
        MoveToHi        <= 1'b0; 
        StraightToHi    <= 1'b0; 
        StraightToLo    <= 1'b0;  
        HiLoSel         <= 1'b0; 
        MOVN            <= 1'b0;
        MOVZ            <= 1'b0;
        LoadStoreByte   <= 1'b0;
        LoadStoreHalf   <= 1'b0;      
        NotZero         <= 1'b0;
        Jump            <= 2'b00;
      end
    32'b000000xxxxxxxxxxxxxxxxxxxx010001:    begin   // MTHI Command
        RegWrite        <= 1'b0;
        ALUSrc          <= 1'b0;
        ALUOp           <= 5'b00010;        //ADD 
        RegDst          <= 1'b0; 
        Branch          <= 1'b0; 
        MemWrite        <= 1'b0; 
        MemRead         <= 1'b0; 
        ZeroExtend      <= 1'b0; 
        MemToReg        <= 1'b1;
        AltALUSrc1      <= 1'b0; 
        ZeroALUSrc1     <= 1'b0; 
        ZeroALUSrc2     <= 1'b1;
        Swap            <= 1'b0; 
        ALUHiLoSelect   <= 1'b0; 
        HiLoALUControl  <= 1'b0; 
        AddToHi         <= 1'b0; 
        AddToLo         <= 1'b0; 
        MoveToHi        <= 1'b1; 
        StraightToHi    <= 1'b0; 
        StraightToLo    <= 1'b0; 
        HiLoSel         <= 1'b0; 
        MOVN            <= 1'b0;
        MOVZ            <= 1'b0;
        LoadStoreByte   <= 1'b0;
        LoadStoreHalf   <= 1'b0;      
        NotZero         <= 1'b0;
        Jump            <= 2'b00;
      end
    32'b000000xxxxxxxxxxxxxxxxxxxx010011:    begin   // MTLO Command
        RegWrite        <= 1'b0;
        ALUSrc          <= 1'b0;
        ALUOp           <= 5'b00010;        //ADD 
        RegDst          <= 1'b1; 
        Branch          <= 1'b0; 
        MemWrite        <= 1'b0; 
        MemRead         <= 1'b0; 
        ZeroExtend      <= 1'b0; 
        MemToReg        <= 1'b1;
        AltALUSrc1      <= 1'b0; 
        ZeroALUSrc1     <= 1'b0; 
        ZeroALUSrc2     <= 1'b1;
        Swap            <= 1'b0; 
        ALUHiLoSelect   <= 1'b0; 
        HiLoALUControl  <= 1'b0; 
        AddToHi         <= 1'b0; 
        AddToLo         <= 1'b0; 
        MoveToHi        <= 1'b0; 
        StraightToHi    <= 1'b0; 
        StraightToLo    <= 1'b1; 
        HiLoSel         <= 1'b0; 
        MOVN            <= 1'b0;
        MOVZ            <= 1'b0;
        LoadStoreByte   <= 1'b0;
        LoadStoreHalf   <= 1'b0;      
        NotZero         <= 1'b0;
        Jump            <= 2'b00;
      end 
    32'b0000000000000000xxxxx00000010000:    begin   // MFHI Command
        RegWrite        <= 1'b1;
        ALUSrc          <= 1'b0;
        ALUOp           <= 5'b00010;        //ADD 
        RegDst          <= 1'b1; 
        Branch          <= 1'b0; 
        MemWrite        <= 1'b0; 
        MemRead         <= 1'b0; 
        ZeroExtend      <= 1'b0; 
        MemToReg        <= 1'b1;
        AltALUSrc1      <= 1'b0; 
        ZeroALUSrc1     <= 1'b0; 
        ZeroALUSrc2     <= 1'b1;
        Swap            <= 1'b0; 
        ALUHiLoSelect   <= 1'b1; 
        HiLoALUControl  <= 1'b0; 
        AddToHi         <= 1'b0; 
        AddToLo         <= 1'b0; 
        MoveToHi        <= 1'b0; 
        StraightToHi    <= 1'b0; 
        StraightToLo    <= 1'b0; 
        HiLoSel         <= 1'b1; 
        MOVN            <= 1'b0;
        MOVZ            <= 1'b0;
        LoadStoreByte   <= 1'b0;
        LoadStoreHalf   <= 1'b0;      
        NotZero         <= 1'b0;
        Jump            <= 2'b00;
      end                 
    32'b0000000000000000xxxxx00000010010:    begin   // MFLO Command
        RegWrite        <= 1'b1;
        ALUSrc          <= 1'b0;
        ALUOp           <= 5'b00010;        //ADD 
        RegDst          <= 1'b1; 
        Branch          <= 1'b0; 
        MemWrite        <= 1'b0; 
        MemRead         <= 1'b0; 
        ZeroExtend      <= 1'b0; 
        MemToReg        <= 1'b1;
        AltALUSrc1      <= 1'b0; 
        ZeroALUSrc1     <= 1'b0; 
        ZeroALUSrc2     <= 1'b1;
        Swap            <= 1'b0; 
        ALUHiLoSelect   <= 1'b1; 
        HiLoALUControl  <= 1'b0; 
        AddToHi         <= 1'b0; 
        AddToLo         <= 1'b0; 
        MoveToHi        <= 1'b0; 
        StraightToHi    <= 1'b0; 
        StraightToLo    <= 1'b0; 
        HiLoSel         <= 1'b0; 
        MOVN            <= 1'b0;
        MOVZ            <= 1'b0;
        LoadStoreByte   <= 1'b0;
        LoadStoreHalf   <= 1'b0;      
        NotZero         <= 1'b0;
        Jump            <= 2'b00;
      end
    32'b100011xxxxxxxxxxxxxxxxxxxxxxxxxx:   begin //LW
        RegWrite        <= 1'b1;
        ALUSrc          <= 1'b1;
        ALUOp           <= 5'b00010;        
        RegDst          <= 1'b0; 
        Branch          <= 1'b0; 
        MemWrite        <= 1'b0; 
        MemRead         <= 1'b1; 
        ZeroExtend      <= 1'b0; 
        MemToReg        <= 1'b0;
        AltALUSrc1      <= 1'b0; 
        ZeroALUSrc1     <= 1'b0; 
        ZeroALUSrc2     <= 1'b0;
        Swap            <= 1'b0; 
        ALUHiLoSelect   <= 1'b0; 
        HiLoALUControl  <= 1'b0; 
        AddToHi         <= 1'b0; 
        AddToLo         <= 1'b0; 
        MoveToHi        <= 1'b0; 
        StraightToHi    <= 1'b0; 
        StraightToLo    <= 1'b0;
        HiLoSel         <= 1'b0;
        MOVN            <= 1'b0;
        MOVZ            <= 1'b0;
        LoadStoreByte   <= 1'b0;
        LoadStoreHalf   <= 1'b0;
        NotZero         <= 1'b0;
        Jump            <= 2'b00;
    end
    32'b101011xxxxxxxxxxxxxxxxxxxxxxxxxx:   begin //SW
        RegWrite        <= 1'b0;
        ALUSrc          <= 1'b1;
        ALUOp           <= 5'b00010;        
        RegDst          <= 1'b0; 
        Branch          <= 1'b0; 
        MemWrite        <= 1'b1; 
        MemRead         <= 1'b0; 
        ZeroExtend      <= 1'b0; 
        MemToReg        <= 1'b0;
        AltALUSrc1      <= 1'b0; 
        ZeroALUSrc1     <= 1'b0;
        ZeroALUSrc2     <= 1'b0; 
        Swap            <= 1'b0; 
        ALUHiLoSelect   <= 1'b0; 
        HiLoALUControl  <= 1'b0; 
        AddToHi         <= 1'b0; 
        AddToLo         <= 1'b0; 
        MoveToHi        <= 1'b0; 
        StraightToHi    <= 1'b0; 
        StraightToLo    <= 1'b0;
        HiLoSel         <= 1'b0;
        MOVN            <= 1'b0;
        MOVZ            <= 1'b0;
        LoadStoreByte   <= 1'b0;
        LoadStoreHalf   <= 1'b0;
        NotZero         <= 1'b0;
        Jump            <= 2'b00;
    end
    32'b101000xxxxxxxxxxxxxxxxxxxxxxxxxx:   begin //SB
        RegWrite        <= 1'b0;
        ALUSrc          <= 1'b1;
        ALUOp           <= 5'b00010;        
        RegDst          <= 1'b0; 
        Branch          <= 1'b0; 
        MemWrite        <= 1'b1; 
        MemRead         <= 1'b0; 
        ZeroExtend      <= 1'b0; 
        MemToReg        <= 1'b0;
        AltALUSrc1      <= 1'b0; 
        ZeroALUSrc1     <= 1'b0;
        ZeroALUSrc2     <= 1'b0; 
        Swap            <= 1'b0; 
        ALUHiLoSelect   <= 1'b0; 
        HiLoALUControl  <= 1'b0; 
        AddToHi         <= 1'b0; 
        AddToLo         <= 1'b0; 
        MoveToHi        <= 1'b0; 
        StraightToHi    <= 1'b0; 
        StraightToLo    <= 1'b0;
        HiLoSel         <= 1'b0;
        MOVN            <= 1'b0;
        MOVZ            <= 1'b0;
        LoadStoreByte   <= 1'b1;
        LoadStoreHalf   <= 1'b0;
        NotZero         <= 1'b0;
        Jump            <= 2'b00;
    end      
    32'b100001xxxxxxxxxxxxxxxxxxxxxxxxxx:   begin //LH
        RegWrite        <= 1'b1;
        ALUSrc          <= 1'b1;
        ALUOp           <= 5'b00010;        
        RegDst          <= 1'b0; 
        Branch          <= 1'b0; 
        MemWrite        <= 1'b0; 
        MemRead         <= 1'b1; 
        ZeroExtend      <= 1'b0; 
        MemToReg        <= 1'b0;
        AltALUSrc1      <= 1'b0; 
        ZeroALUSrc1     <= 1'b0;
        ZeroALUSrc2     <= 1'b0; 
        Swap            <= 1'b0; 
        ALUHiLoSelect   <= 1'b0; 
        HiLoALUControl  <= 1'b0; 
        AddToHi         <= 1'b0; 
        AddToLo         <= 1'b0; 
        MoveToHi        <= 1'b0; 
        StraightToHi    <= 1'b0; 
        StraightToLo    <= 1'b0;
        HiLoSel         <= 1'b0;
        MOVN            <= 1'b0;
        MOVZ            <= 1'b0;
        LoadStoreByte   <= 1'b0;
        LoadStoreHalf   <= 1'b1;
        NotZero         <= 1'b0;
        Jump            <= 2'b00;
    end
    32'b100000xxxxxxxxxxxxxxxxxxxxxxxxxx:   begin //LB
        RegWrite        <= 1'b1;
        ALUSrc          <= 1'b1;
        ALUOp           <= 5'b00010;        
        RegDst          <= 1'b0; 
        Branch          <= 1'b0; 
        MemWrite        <= 1'b0; 
        MemRead         <= 1'b1; 
        ZeroExtend      <= 1'b0; 
        MemToReg        <= 1'b0;
        AltALUSrc1      <= 1'b0; 
        ZeroALUSrc1     <= 1'b0;
        ZeroALUSrc2     <= 1'b0; 
        Swap            <= 1'b0; 
        ALUHiLoSelect   <= 1'b0; 
        HiLoALUControl  <= 1'b0; 
        AddToHi         <= 1'b0; 
        AddToLo         <= 1'b0; 
        MoveToHi        <= 1'b0; 
        StraightToHi    <= 1'b0; 
        StraightToLo    <= 1'b0;
        HiLoSel         <= 1'b0;
        MOVN            <= 1'b0;
        MOVZ            <= 1'b0;
        LoadStoreByte   <= 1'b1;
        LoadStoreHalf   <= 1'b0;      
        NotZero         <= 1'b0;
        Jump            <= 2'b00;
      end
    32'b101001xxxxxxxxxxxxxxxxxxxxxxxxxx:   begin //SH
        RegWrite        <= 1'b0;
        ALUSrc          <= 1'b1;
        ALUOp           <= 5'b00010;        
        RegDst          <= 1'b0; 
        Branch          <= 1'b0; 
        MemWrite        <= 1'b1; 
        MemRead         <= 1'b0; 
        ZeroExtend      <= 1'b0; 
        MemToReg        <= 1'b0;
        AltALUSrc1      <= 1'b0; 
        ZeroALUSrc1     <= 1'b0; 
        ZeroALUSrc2     <= 1'b0;
        Swap            <= 1'b0; 
        ALUHiLoSelect   <= 1'b0; 
        HiLoALUControl  <= 1'b0; 
        AddToHi         <= 1'b0; 
        AddToLo         <= 1'b0; 
        MoveToHi        <= 1'b0; 
        StraightToHi    <= 1'b0; 
        StraightToLo    <= 1'b0;
        HiLoSel         <= 1'b0;
        MOVN            <= 1'b0;
        MOVZ            <= 1'b0;
        LoadStoreByte   <= 1'b0;
        LoadStoreHalf   <= 1'b1;      
        NotZero         <= 1'b0;
        Jump            <= 2'b00;
      end
    32'b00111100000xxxxxxxxxxxxxxxxxxxxx:   begin //LUI
        RegWrite        <= 1'b1;
        ALUSrc          <= 1'b1;
        ALUOp           <= 5'b10011;        
        RegDst          <= 1'b0; 
        Branch          <= 1'b0; 
        MemWrite        <= 1'b0; 
        MemRead         <= 1'b0; 
        ZeroExtend      <= 1'b1; 
        MemToReg        <= 1'b1;
        AltALUSrc1      <= 1'b0; 
        ZeroALUSrc1     <= 1'b0;
        ZeroALUSrc2     <= 1'b0; 
        Swap            <= 1'b0; 
        ALUHiLoSelect   <= 1'b0; 
        HiLoALUControl  <= 1'b0; 
        AddToHi         <= 1'b0; 
        AddToLo         <= 1'b0; 
        MoveToHi        <= 1'b0; 
        StraightToHi    <= 1'b0; 
        StraightToLo    <= 1'b0;
        HiLoSel         <= 1'b0;
        MOVN            <= 1'b0;
        MOVZ            <= 1'b0;
        LoadStoreByte   <= 1'b0;
        LoadStoreHalf   <= 1'b0;    
        NotZero         <= 1'b0;
        Jump            <= 2'b00;
      end

    32'b000001xxxxx00001xxxxxxxxxxxxxxxx:   begin //BGEZ
        RegWrite        <= 1'b0;
        ALUSrc          <= 1'b0;
        ALUOp           <= 5'b10100;        
        RegDst          <= 1'b0; 
        Branch          <= 1'b1; 
        MemWrite        <= 1'b0; 
        MemRead         <= 1'b0; 
        ZeroExtend      <= 1'b0; 
        MemToReg        <= 1'b0;
        AltALUSrc1      <= 1'b0; 
        ZeroALUSrc1     <= 1'b0;
        ZeroALUSrc2     <= 1'b1; 
        Swap            <= 1'b0; 
        ALUHiLoSelect   <= 1'b0; 
        HiLoALUControl  <= 1'b0; 
        AddToHi         <= 1'b0; 
        AddToLo         <= 1'b0; 
        MoveToHi        <= 1'b0; 
        StraightToHi    <= 1'b0; 
        StraightToLo    <= 1'b0;
        HiLoSel         <= 1'b0;
        MOVN            <= 1'b0;
        MOVZ            <= 1'b0;
        LoadStoreByte   <= 1'b0;
        LoadStoreHalf   <= 1'b0; 
        NotZero         <= 1'b1;
        Jump            <= 2'b00;
    end

    32'b000100xxxxxxxxxxxxxxxxxxxxxxxxxx:   begin // BEQ
        RegWrite        <= 1'b0;
        ALUSrc          <= 1'b0;
        ALUOp           <= 5'b00100;        
        RegDst          <= 1'b0; 
        Branch          <= 1'b1; 
        MemWrite        <= 1'b0; 
        MemRead         <= 1'b0; 
        ZeroExtend      <= 1'b0; 
        MemToReg        <= 1'b0;
        AltALUSrc1      <= 1'b0; 
        ZeroALUSrc1     <= 1'b0;
        ZeroALUSrc2     <= 1'b0; 
        Swap            <= 1'b0; 
        ALUHiLoSelect   <= 1'b0; 
        HiLoALUControl  <= 1'b0; 
        AddToHi         <= 1'b0; 
        AddToLo         <= 1'b0; 
        MoveToHi        <= 1'b0; 
        StraightToHi    <= 1'b0; 
        StraightToLo    <= 1'b0;
        HiLoSel         <= 1'b0;
        MOVN            <= 1'b0;
        MOVZ            <= 1'b0;
        LoadStoreByte   <= 1'b0;
        LoadStoreHalf   <= 1'b0; 
        NotZero         <= 1'b0;
        Jump            <= 2'b00;
    end

    32'b000101xxxxxxxxxxxxxxxxxxxxxxxxxx:   begin // BNE
        RegWrite        <= 1'b0;
        ALUSrc          <= 1'b0;
        ALUOp           <= 5'b00100;        
        RegDst          <= 1'b0; 
        Branch          <= 1'b1; 
        MemWrite        <= 1'b0; 
        MemRead         <= 1'b0; 
        ZeroExtend      <= 1'b0; 
        MemToReg        <= 1'b0;
        AltALUSrc1      <= 1'b0; 
        ZeroALUSrc1     <= 1'b0;
        ZeroALUSrc2     <= 1'b0; 
        Swap            <= 1'b0; 
        ALUHiLoSelect   <= 1'b0; 
        HiLoALUControl  <= 1'b0; 
        AddToHi         <= 1'b0; 
        AddToLo         <= 1'b0; 
        MoveToHi        <= 1'b0; 
        StraightToHi    <= 1'b0; 
        StraightToLo    <= 1'b0;
        HiLoSel         <= 1'b0;
        MOVN            <= 1'b0;
        MOVZ            <= 1'b0;
        LoadStoreByte   <= 1'b0;
        LoadStoreHalf   <= 1'b0; 
        NotZero         <= 1'b1;
        Jump            <= 2'b00;
    end

    32'b000111xxxxx00000xxxxxxxxxxxxxxxx:   begin // BGTZ
        RegWrite        <= 1'b0;
        ALUSrc          <= 1'b0;
        ALUOp           <= 5'b00111;        
        RegDst          <= 1'b0; 
        Branch          <= 1'b1; 
        MemWrite        <= 1'b0; 
        MemRead         <= 1'b0; 
        ZeroExtend      <= 1'b0; 
        MemToReg        <= 1'b0;
        AltALUSrc1      <= 1'b0; 
        ZeroALUSrc1     <= 1'b0;
        ZeroALUSrc2     <= 1'b0; 
        Swap            <= 1'b1; 
        ALUHiLoSelect   <= 1'b0; 
        HiLoALUControl  <= 1'b0; 
        AddToHi         <= 1'b0; 
        AddToLo         <= 1'b0; 
        MoveToHi        <= 1'b0; 
        StraightToHi    <= 1'b0; 
        StraightToLo    <= 1'b0;
        HiLoSel         <= 1'b0;
        MOVN            <= 1'b0;
        MOVZ            <= 1'b0;
        LoadStoreByte   <= 1'b0;
        LoadStoreHalf   <= 1'b0; 
        NotZero         <= 1'b1;
        Jump            <= 2'b00;
    end

    32'b000110xxxxx00000xxxxxxxxxxxxxxxx:   begin // BLEZ
        RegWrite        <= 1'b0;
        ALUSrc          <= 1'b0;
        ALUOp           <= 5'b10100;        
        RegDst          <= 1'b0; 
        Branch          <= 1'b1; 
        MemWrite        <= 1'b0; 
        MemRead         <= 1'b0; 
        ZeroExtend      <= 1'b0; 
        MemToReg        <= 1'b0;
        AltALUSrc1      <= 1'b0; 
        ZeroALUSrc1     <= 1'b0;
        ZeroALUSrc2     <= 1'b0; 
        Swap            <= 1'b1; 
        ALUHiLoSelect   <= 1'b0; 
        HiLoALUControl  <= 1'b0; 
        AddToHi         <= 1'b0; 
        AddToLo         <= 1'b0; 
        MoveToHi        <= 1'b0; 
        StraightToHi    <= 1'b0; 
        StraightToLo    <= 1'b0;
        HiLoSel         <= 1'b0;
        MOVN            <= 1'b0;
        MOVZ            <= 1'b0;
        LoadStoreByte   <= 1'b0;
        LoadStoreHalf   <= 1'b0; 
        NotZero         <= 1'b1;
        Jump            <= 2'b00;
    end

    32'b000001xxxxx00000xxxxxxxxxxxxxxxx:   begin // BLTZ
        RegWrite        <= 1'b0;
        ALUSrc          <= 1'b0;
        ALUOp           <= 5'b00111;        
        RegDst          <= 1'b0; 
        Branch          <= 1'b1; 
        MemWrite        <= 1'b0; 
        MemRead         <= 1'b0; 
        ZeroExtend      <= 1'b0; 
        MemToReg        <= 1'b0;
        AltALUSrc1      <= 1'b0; 
        ZeroALUSrc1     <= 1'b0;
        ZeroALUSrc2     <= 1'b0; 
        Swap            <= 1'b0; 
        ALUHiLoSelect   <= 1'b0; 
        HiLoALUControl  <= 1'b0; 
        AddToHi         <= 1'b0; 
        AddToLo         <= 1'b0; 
        MoveToHi        <= 1'b0; 
        StraightToHi    <= 1'b0; 
        StraightToLo    <= 1'b0;
        HiLoSel         <= 1'b0;
        MOVN            <= 1'b0;
        MOVZ            <= 1'b0;
        LoadStoreByte   <= 1'b0;
        LoadStoreHalf   <= 1'b0; 
        NotZero         <= 1'b1;
        Jump            <= 2'b00;
    end
    
    32'b000010xxxxxxxxxxxxxxxxxxxxxxxxxx:   begin // J
        RegWrite        <= 1'b0;
        ALUSrc          <= 1'b0;
        ALUOp           <= 5'bXXXXX;        
        RegDst          <= 1'b0; 
        Branch          <= 1'b0; 
        MemWrite        <= 1'b0; 
        MemRead         <= 1'b0; 
        ZeroExtend      <= 1'b0; 
        MemToReg        <= 1'b0;
        AltALUSrc1      <= 1'b0; 
        ZeroALUSrc1     <= 1'b0;
        ZeroALUSrc2     <= 1'b0; 
        Swap            <= 1'b0; 
        ALUHiLoSelect   <= 1'b0; 
        HiLoALUControl  <= 1'b0; 
        AddToHi         <= 1'b0; 
        AddToLo         <= 1'b0; 
        MoveToHi        <= 1'b0; 
        StraightToHi    <= 1'b0; 
        StraightToLo    <= 1'b0;
        HiLoSel         <= 1'b0;
        MOVN            <= 1'b0;
        MOVZ            <= 1'b0;
        LoadStoreByte   <= 1'b0;
        LoadStoreHalf   <= 1'b0; 
        NotZero         <= 1'b0;
        Jump            <= 2'b01;
    end    

    32'b000000xxxxx0000000000xxxxx001000:   begin // JR
        RegWrite        <= 1'b0;
        ALUSrc          <= 1'b0;
        ALUOp           <= 5'bXXXXX;        
        RegDst          <= 1'b0; 
        Branch          <= 1'b0; 
        MemWrite        <= 1'b0; 
        MemRead         <= 1'b0; 
        ZeroExtend      <= 1'b0; 
        MemToReg        <= 1'b0;
        AltALUSrc1      <= 1'b0; 
        ZeroALUSrc1     <= 1'b0;
        ZeroALUSrc2     <= 1'b0; 
        Swap            <= 1'b0; 
        ALUHiLoSelect   <= 1'b0; 
        HiLoALUControl  <= 1'b0; 
        AddToHi         <= 1'b0; 
        AddToLo         <= 1'b0; 
        MoveToHi        <= 1'b0; 
        StraightToHi    <= 1'b0; 
        StraightToLo    <= 1'b0;
        HiLoSel         <= 1'b0;
        MOVN            <= 1'b0;
        MOVZ            <= 1'b0;
        LoadStoreByte   <= 1'b0;
        LoadStoreHalf   <= 1'b0; 
        NotZero         <= 1'b0;
        Jump            <= 2'b10;
    end     

    32'b000011xxxxxxxxxxxxxxxxxxxxxxxxxx:   begin // JAL
        RegWrite        <= 1'b1;
        ALUSrc          <= 1'b0;
        ALUOp           <= 5'bXXXXX;        
        RegDst          <= 1'b0; 
        Branch          <= 1'b0; 
        MemWrite        <= 1'b0; 
        MemRead         <= 1'b0; 
        ZeroExtend      <= 1'b0; 
        MemToReg        <= 1'b0;
        AltALUSrc1      <= 1'b0; 
        ZeroALUSrc1     <= 1'b0;
        ZeroALUSrc2     <= 1'b0; 
        Swap            <= 1'b0; 
        ALUHiLoSelect   <= 1'b0; 
        HiLoALUControl  <= 1'b0; 
        AddToHi         <= 1'b0; 
        AddToLo         <= 1'b0; 
        MoveToHi        <= 1'b0; 
        StraightToHi    <= 1'b0; 
        StraightToLo    <= 1'b0;
        HiLoSel         <= 1'b0;
        MOVN            <= 1'b0;
        MOVZ            <= 1'b0;
        LoadStoreByte   <= 1'b0;
        LoadStoreHalf   <= 1'b0; 
        NotZero         <= 1'b0;
        Jump            <= 2'b01;
    end
    default: begin
        RegWrite        <= 1'b0;
            ALUSrc          <= 1'b0;
            ALUOp           <= 5'b00000;        
            RegDst          <= 1'b0; 
            Branch          <= 1'b0; 
            MemWrite        <= 1'b0; 
            MemRead         <= 1'b0; 
            ZeroExtend      <= 1'b0; 
            MemToReg        <= 1'b0;
            AltALUSrc1      <= 1'b0; 
            ZeroALUSrc1     <= 1'b0;
            ZeroALUSrc2     <= 1'b0; 
            Swap            <= 1'b0; 
            ALUHiLoSelect   <= 1'b0; 
            HiLoALUControl  <= 1'b0; 
            AddToHi         <= 1'b0; 
            AddToLo         <= 1'b0; 
            MoveToHi        <= 1'b0; 
            StraightToHi    <= 1'b0; 
            StraightToLo    <= 1'b0;
            HiLoSel         <= 1'b0;
            MOVN            <= 1'b0;
            MOVZ            <= 1'b0;
            LoadStoreByte   <= 1'b0;
            LoadStoreHalf   <= 1'b0; 
            NotZero         <= 1'b0;
            Jump            <= 2'b00;
    end         
    
    endcase
end    
endmodule